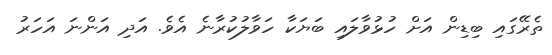
ތެރޭގައި ބިޑިން އަށް ހުޅުވާލައި ބަޔަކާ ހަވާލުކުރާނެ އެވެ. އަދި އަންނަ އަހަރު